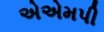
એએમપી